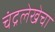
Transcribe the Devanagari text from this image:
चंद्रलेखेचा